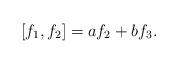
LaTeX: \begin{align*} [f_1, f_2] = a f_2 + b f_3 . \end{align*}